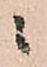
ニ